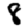
Digit: 8